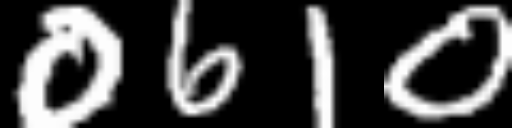
Text: 0610